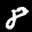
Label: 8